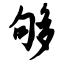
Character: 够